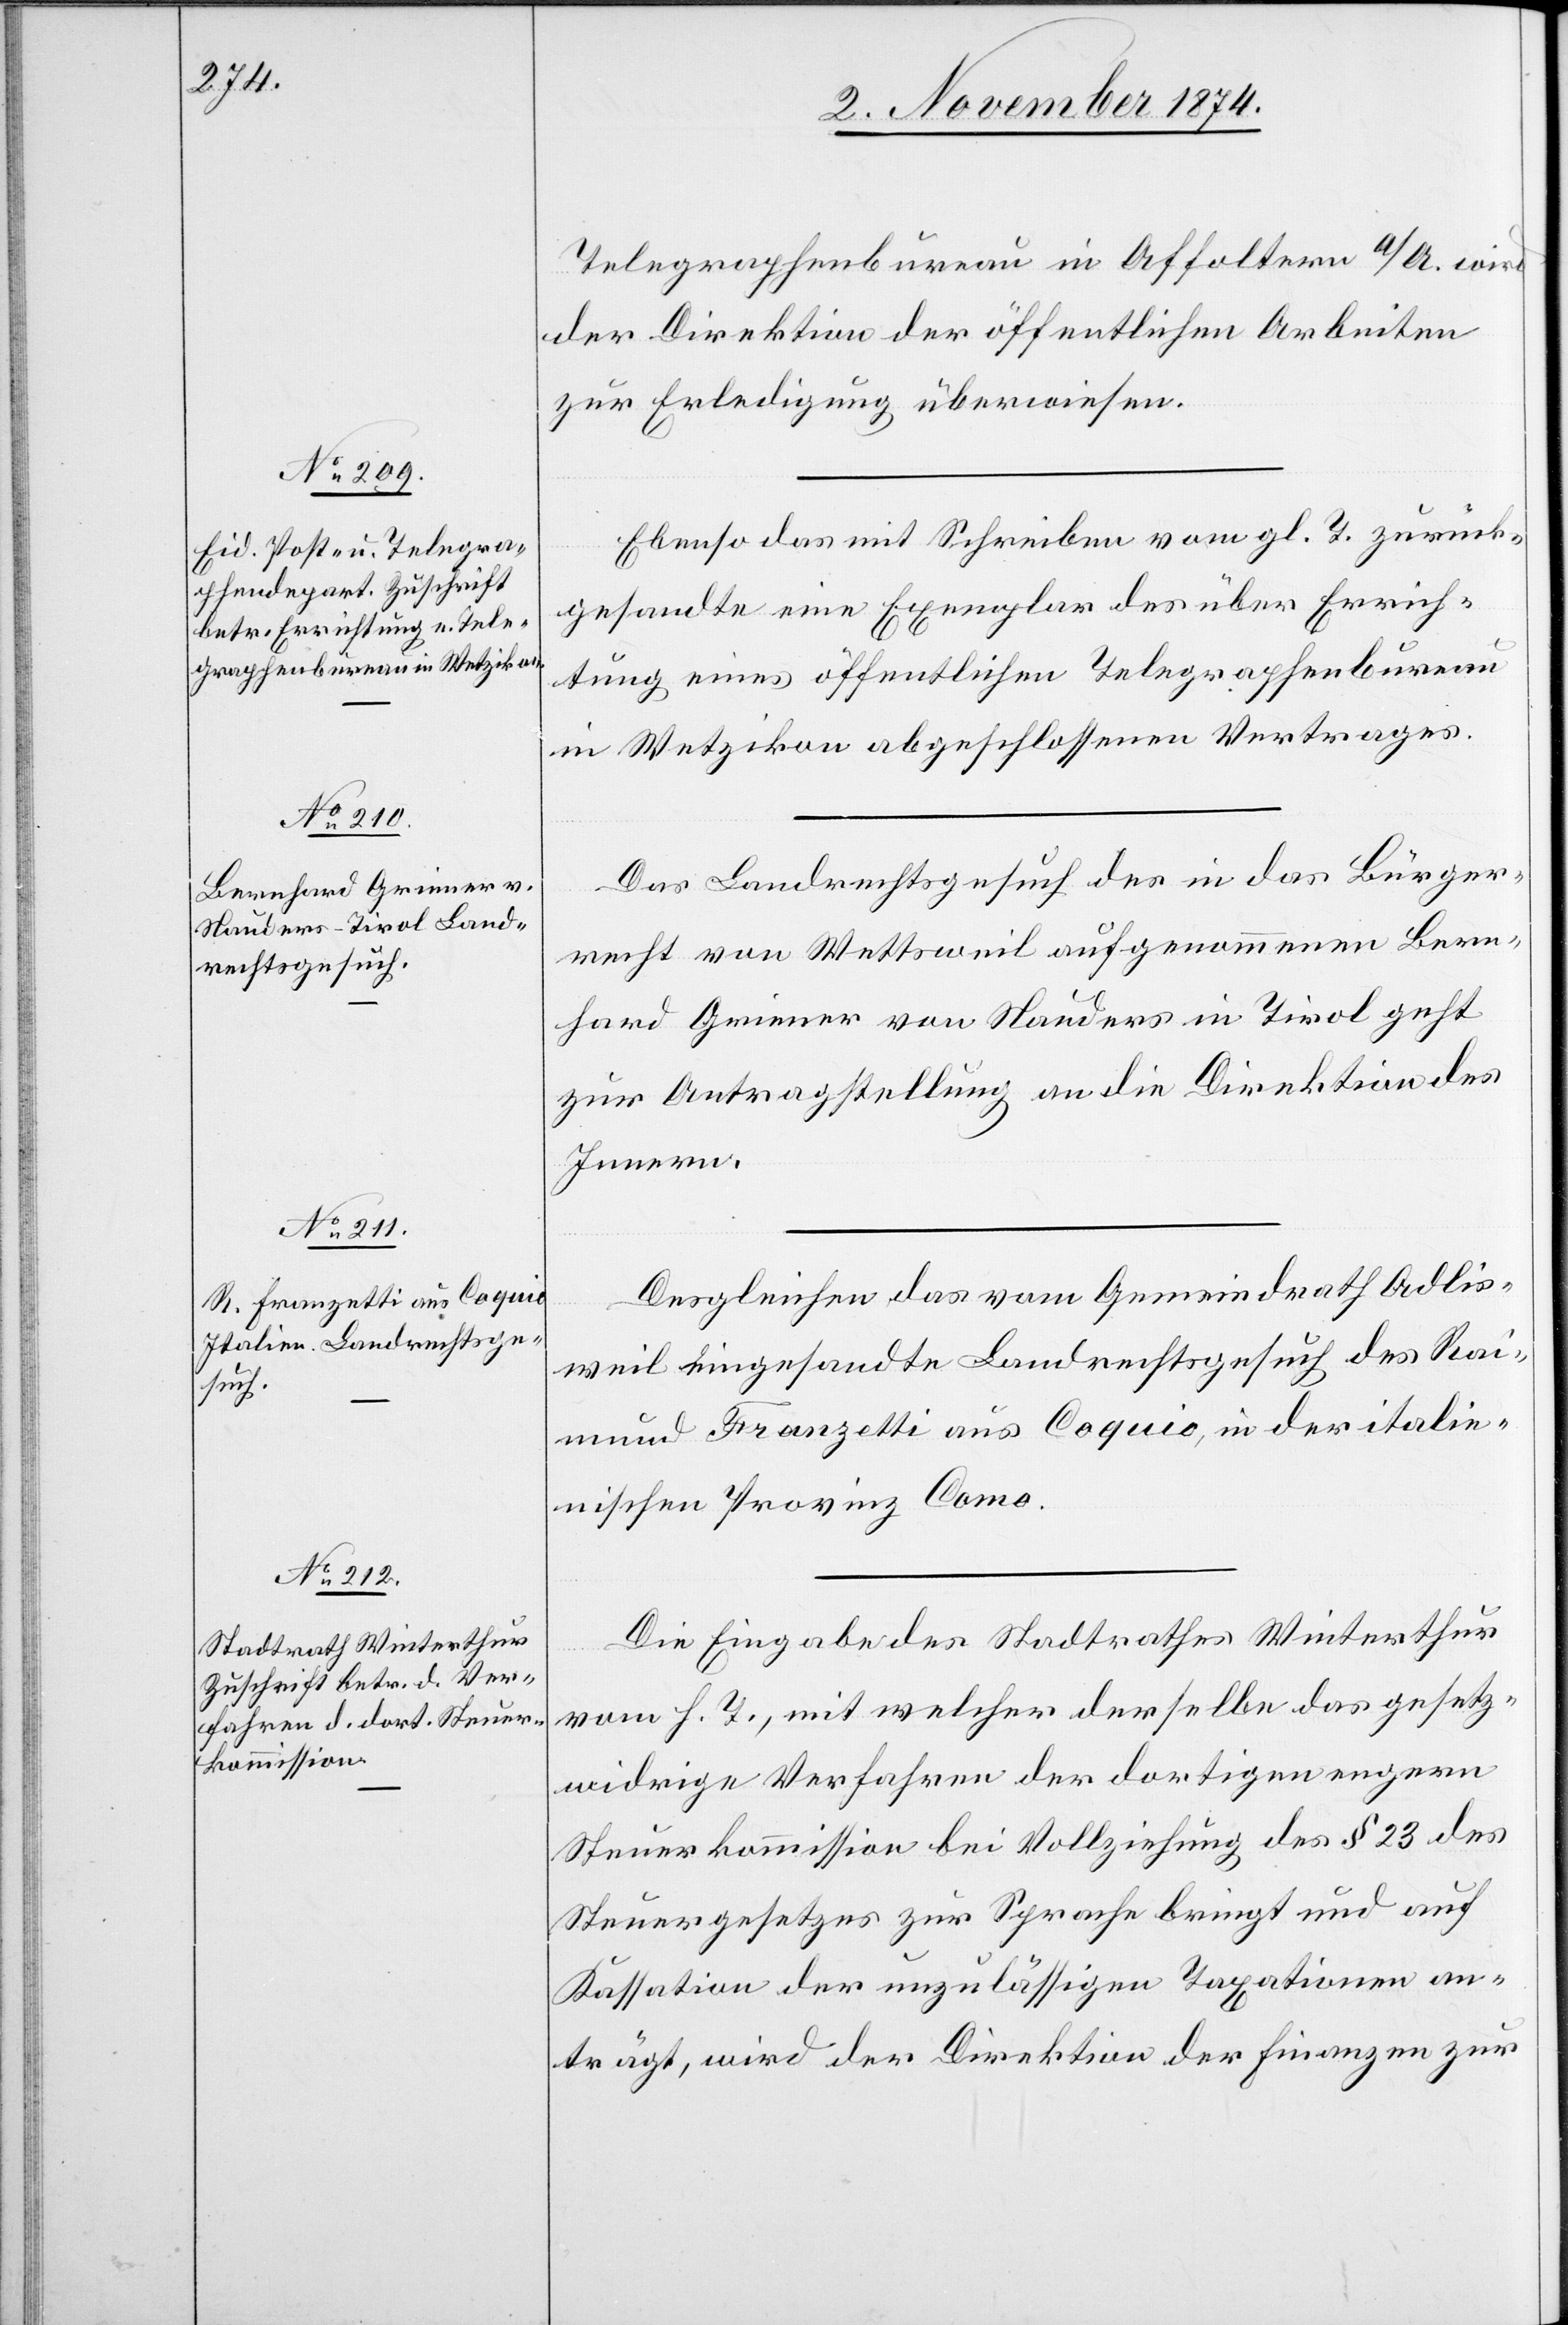
3. November 1872.]
Telegraphenbureau in Affoltern a/A. wird
der Direktion der öffentlichen Arbeiten
zur Erledigung überweisen.
Ebenso das mit Schreiben vom gl. T. zurück¬
gesandte eine Exemplar des über Errich¬
tung eines öffentlichen Telegraphenbureau
in Wetzikon abgeschlossenen Vertrages.
Das Landrechtsgesuch des in das Bürger¬
recht von Wettsweil aufgenommenen Bern¬
hard Griener von Nauders in Tirol geht
zur Antragstellung an die Direktion des
Innern.
Desgleichen das vom Gemeindrath Adlis¬
weil eingesandte Landrechtsgesuch des Rai¬
mund Franzetti aus Coquio, in der italie¬
nischen Provinz Como.
Die Eingabe des Stadtrathes Winterthur
etzung
vom h. T., mit welcher derselbe das gesetz¬
widrige Verfahren der dortigen engern
Steuerkommission bei Vollziehung des § 23 des
Steuergesetzes zur Sprache bringt und auf
Kassation der unzulässigen Taxationen an¬
trägt, wird der Direktion der Finanzen zur